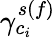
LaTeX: \gamma_{c_{i}}^{s(f)}